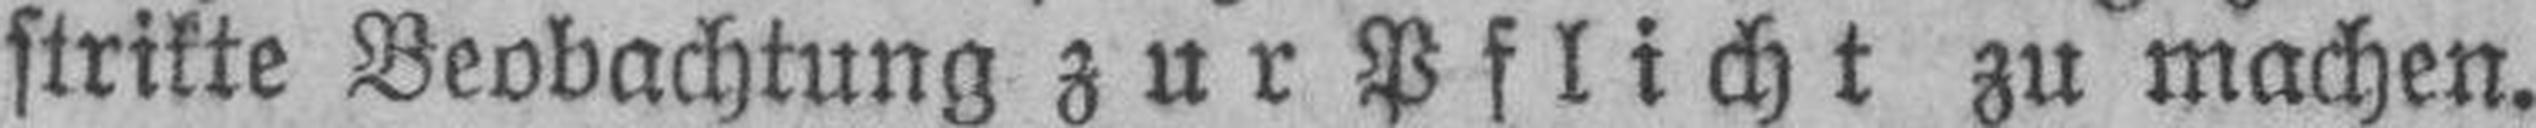
strikte Beobachtung zur Pflicht zu machen.